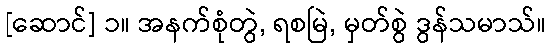
[ဆောင်] ၁။ အနက်စုံတွဲ, ရစမြဲ, မှတ်စွဲ ဒွန်သမာသ်။